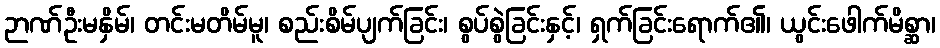
ဉာဏ်ဦးမနှိမ်၊ တင်းမတိမ်မူ၊ စည်းစိမ်ပျက်ခြင်း၊ စွပ်စွဲခြင်းနှင့်၊ ရှက်ခြင်းရောက်၏၊ ယွင်းဖေါက်မိစ္ဆာ၊